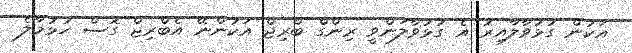
އަކުން ގުޅުވާލާއިރު އެ ގުޅުވާލަންވީ ރިންގް ބްރިޖް އަކުންނޭ އެބްރިޖް ގޮސް ހުޅުމާލެ